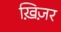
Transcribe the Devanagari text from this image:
ख़िज़र